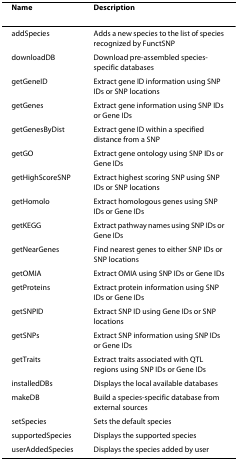
<table><thead><tr><td><b>Name</b></td><td><b>Description</b></td></tr></thead><tbody><tr><td>addSpecies</td><td>Adds a new species to the list of species recognized by FunctSNP</td></tr><tr><td>downloadDB</td><td>Download pre-assembled species-specific databases</td></tr><tr><td>getGeneID</td><td>Extract gene ID information using SNP IDs or SNP locations</td></tr><tr><td>getGenes</td><td>Extract gene information using SNP IDs or Gene IDs</td></tr><tr><td>getGenesByDist</td><td>Extract gene ID within a specified distance from a SNP</td></tr><tr><td>getGO</td><td>Extract gene ontology using SNP IDs or Gene IDs</td></tr><tr><td>getHighScoreSNP</td><td>Extract highest scoring SNP using SNP IDs or SNP locations</td></tr><tr><td>getHomolo</td><td>Extract homologous genes using SNP IDs or Gene IDs</td></tr><tr><td>getKEGG</td><td>Extract pathway names using SNP IDs or Gene IDs</td></tr><tr><td>getNearGenes</td><td>Find nearest genes to either SNP IDs or SNP locations</td></tr><tr><td>getOMIA</td><td>Extract OMIA using SNP IDs or Gene IDs</td></tr><tr><td>getProteins</td><td>Extract protein information using SNP IDs or Gene IDs</td></tr><tr><td>getSNPID</td><td>Extract SNP ID using Gene IDs or SNP locations</td></tr><tr><td>getSNPs</td><td>Extract SNP information using SNP IDs or Gene IDs</td></tr><tr><td>getTraits</td><td>Extract traits associated with QTL regions using SNP IDs or Gene IDs</td></tr><tr><td>installedDBs</td><td>Displays the local available databases</td></tr><tr><td>makeDB</td><td>Build a species-specific database from external sources</td></tr><tr><td>setSpecies</td><td>Sets the default species</td></tr><tr><td>supportedSpecies</td><td>Displays the supported species</td></tr><tr><td>userAddedSpecies</td><td>Displays the species added by user</td></tr></tbody></table>